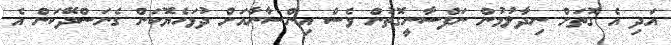
އަދި އެ ގޮތަށް ނިދާލުމުން ނަފްސާނީގޮތުން ވެސް އިންސާނާއަށް ދުޅަހެޔޮކަން ގެނަސްދޭކަން އެ